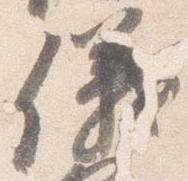
儀